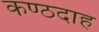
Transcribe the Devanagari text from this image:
कण्ठदाह